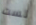
لست